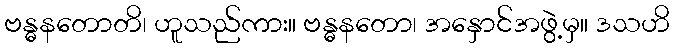
ဗန္ဓနတောတိ၊ ဟူသည်ကား။ ဗန္ဓနတော၊ အနှောင်အဖွဲ့မှ။ ဒသဟိ